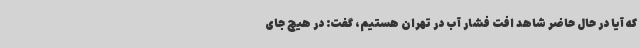
که آیا در حال حاضر شاهد افت فشار آب در تهران هستیم، گفت: در هیچ جای